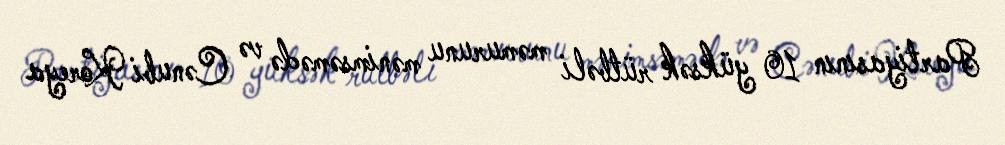
Partiyasının 10 yüksək rütbəli məmurunu mənimsəmədə və Cənubi Koreya